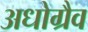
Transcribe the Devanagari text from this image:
अधोग्रैव